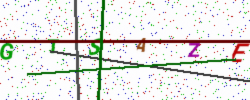
Text: GTSAZE